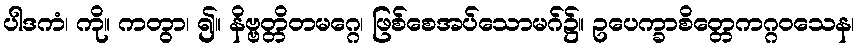
ပါဒကံ၊ ကို။ ကတွာ၊ ၍။ နိဗ္ဗတ္တိတမဂ္ဂေ၊ ဖြစ်စေအပ်သောမဂ်၌။ ဥပေက္ခာစိတ္တေကဂ္ဂဝသေန၊